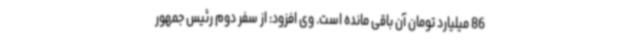
86 میلیارد تومان آن باقی مانده است. وی افزود: از سفر دوم رئیس جمهور